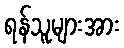
ရန်သူများအား